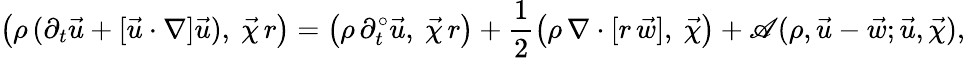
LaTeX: \bigl(\rho\, (\partial_{t}\vec{u}+[\vec{u}\cdot\nabla]\vec{u}),~\vec{\chi}\, r\bigr)=\bigl(\rho\, \partial_{t}^{\circ}\vec{u},~\vec{\chi}\, r\bigr)+\frac{1}{2}\bigl(\rho\, \nabla\cdot[r\, \vec{w}],~\vec{\chi}\bigr)+\mathscr{A}(\rho,\vec{u}-\vec{w};\vec{u},\vec{\chi}),